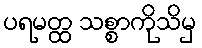
ပရမတ္ထ သစ္စာကိုသိမှ